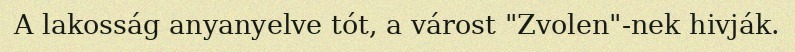
A lakosság anyanyelve tót, a várost "Zvolen"-nek hivják.